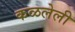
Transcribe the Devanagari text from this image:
कळलेली